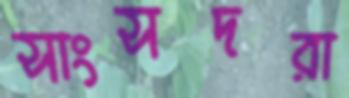
সাংসদরা